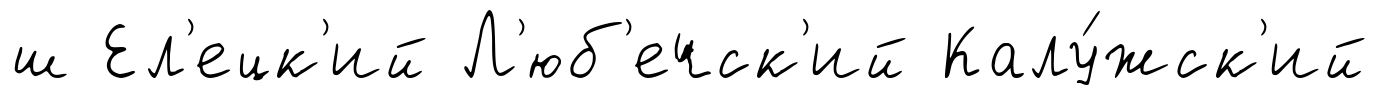
ш Ел'ецк'ий Л'юб'ечск'ий Калу́жск'ий